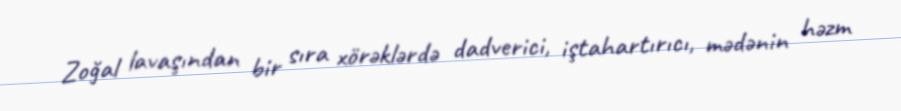
Zoğal lavaşından bir sıra xörəklərdə dadverici, iştahartırıcı, mədənin həzm